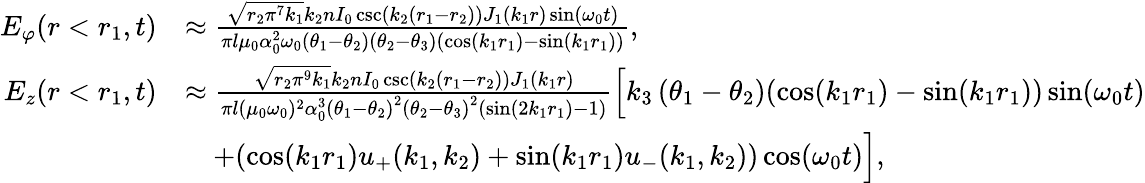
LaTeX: \begin{array}{rl}{E_{\varphi}(r<r_{1},t)}&{\approx\frac{\sqrt{r_{2}\pi^{7}k_{1}}k_{2}nI_{0}\csc(k_{2}(r_{1}-r_{2}))J_{1}(k_{1}r)\sin(\omega_{0}t)}{\pi l\mu_{0}\alpha_{0}^{2}\omega_{0}\left(\theta_{1}-\theta_{2}\right)\left(\theta_{2}-\theta_{3}\right)(\cos(k_{1}r_{1})-\sin(k_{1}r_{1}))},}\\ {E_{z}(r<r_{1},t)}&{\approx\frac{\sqrt{r_{2}\pi^{9}k_{1}}k_{2}nI_{0}\csc(k_{2}(r_{1}-r_{2}))J_{1}(k_{1}r)}{\pi l(\mu_{0}\omega_{0})^{2}\alpha_{0}^{3}\left(\theta_{1}-\theta_{2}\right)^{2}\left(\theta_{2}-\theta_{3}\right)^{2}(\sin(2k_{1}r_{1})-1)}\Big[k_{3}\left(\theta_{1}-\theta_{2}\right)(\cos(k_{1}r_{1})-\sin(k_{1}r_{1}))\sin(\omega_{0}t)}\\ &{\quad+(\cos(k_{1}r_{1})u_{+}(k_{1},k_{2})+\sin(k_{1}r_{1})u_{-}(k_{1},k_{2}))\cos(\omega_{0}t)\Big],}\end{array}